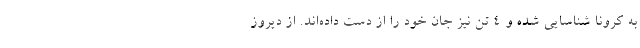
به کرونا شناسایی شده و ۴ تن نیز جان خود را از دست داده‌اند. از دیروز